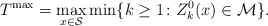
\begin{align*} T^{\max}=\max_{x\in\mathcal{S}}\min \{k\geq 1\colon Z^0_k(x)\in\mathcal{M} \}.\end{align*}